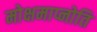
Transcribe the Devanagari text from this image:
मोक्षमाप्नोति